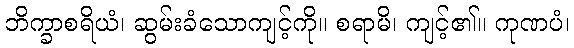
ဘိက္ခာစရိယံ၊ ဆွမ်းခံသောကျင့်ကို။ စရာမိ၊ ကျင့်၏။ ကုဏပံ၊